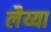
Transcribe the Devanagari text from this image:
लैय्या